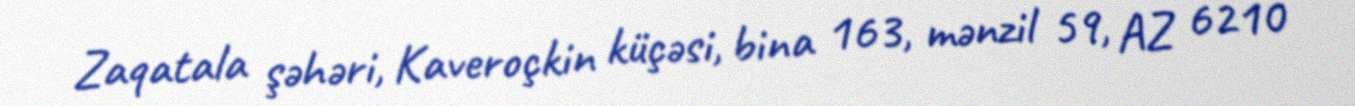
Zaqatala şəhəri, Kaveroçkin küçəsi, bina 163, mənzil 59, AZ 6210